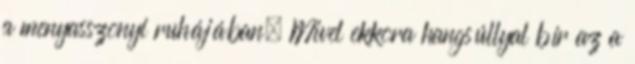
a menyasszonyi ruhájában. Mivel ekkora hangsúllyal bír az a